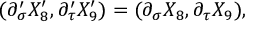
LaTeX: ( \partial _ { \sigma } ^ { \prime } X _ { 8 } ^ { \prime } , \partial _ { \tau } ^ { \prime } X _ { 9 } ^ { \prime } ) = ( \partial _ { \sigma } X _ { 8 } , \partial _ { \tau } X _ { 9 } ) ,